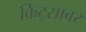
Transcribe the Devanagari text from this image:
किट्साबर